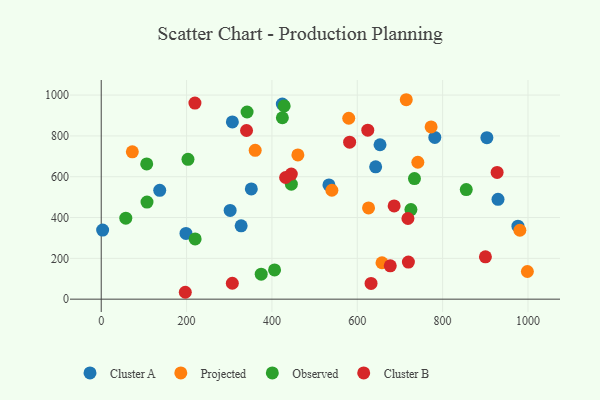
{"axis": {"x": "Speed", "y": "Sales"}, "legend": ["Cluster A", "Cluster B", "Observed", "Projected"], "data": [{"x": "653.3", "y": 756.7, "type": "Cluster A"}, {"x": "781.7", "y": 792.6, "type": "Cluster A"}, {"x": "424.4", "y": 955.9, "type": "Cluster A"}, {"x": "351.7", "y": 540.1, "type": "Cluster A"}, {"x": "302.1", "y": 434.7, "type": "Cluster A"}, {"x": "198.6", "y": 322.0, "type": "Cluster A"}, {"x": "976.5", "y": 357.8, "type": "Cluster A"}, {"x": "903.7", "y": 791.4, "type": "Cluster A"}, {"x": "137.1", "y": 533.6, "type": "Cluster A"}, {"x": "327.9", "y": 359.3, "type": "Cluster A"}, {"x": "307.3", "y": 868.3, "type": "Cluster A"}, {"x": "3.3", "y": 338.4, "type": "Cluster A"}, {"x": "533.6", "y": 559.9, "type": "Cluster A"}, {"x": "929.8", "y": 489.4, "type": "Cluster A"}, {"x": "643.1", "y": 648.7, "type": "Cluster A"}, {"x": "626.4", "y": 447.3, "type": "Projected"}, {"x": "540.5", "y": 533.8, "type": "Projected"}, {"x": "998.6", "y": 135.7, "type": "Projected"}, {"x": "460.8", "y": 707.0, "type": "Projected"}, {"x": "580.0", "y": 886.5, "type": "Projected"}, {"x": "72.9", "y": 722.1, "type": "Projected"}, {"x": "657.9", "y": 178.4, "type": "Projected"}, {"x": "360.8", "y": 729.6, "type": "Projected"}, {"x": "714.8", "y": 977.3, "type": "Projected"}, {"x": "981.0", "y": 337.7, "type": "Projected"}, {"x": "741.9", "y": 671.0, "type": "Projected"}, {"x": "773.0", "y": 844.0, "type": "Projected"}, {"x": "445.5", "y": 563.7, "type": "Observed"}, {"x": "57.6", "y": 397.0, "type": "Observed"}, {"x": "220.1", "y": 295.2, "type": "Observed"}, {"x": "855.4", "y": 536.9, "type": "Observed"}, {"x": "424.5", "y": 888.9, "type": "Observed"}, {"x": "428.7", "y": 946.7, "type": "Observed"}, {"x": "734.0", "y": 591.1, "type": "Observed"}, {"x": "341.8", "y": 917.2, "type": "Observed"}, {"x": "725.7", "y": 438.8, "type": "Observed"}, {"x": "107.3", "y": 476.0, "type": "Observed"}, {"x": "106.6", "y": 662.5, "type": "Observed"}, {"x": "406.2", "y": 143.1, "type": "Observed"}, {"x": "374.9", "y": 122.7, "type": "Observed"}, {"x": "203.3", "y": 685.3, "type": "Observed"}, {"x": "197.0", "y": 33.8, "type": "Cluster B"}, {"x": "719.8", "y": 181.8, "type": "Cluster B"}, {"x": "686.4", "y": 456.9, "type": "Cluster B"}, {"x": "624.6", "y": 827.9, "type": "Cluster B"}, {"x": "307.2", "y": 78.0, "type": "Cluster B"}, {"x": "445.4", "y": 612.9, "type": "Cluster B"}, {"x": "582.1", "y": 769.5, "type": "Cluster B"}, {"x": "632.3", "y": 77.0, "type": "Cluster B"}, {"x": "340.5", "y": 826.5, "type": "Cluster B"}, {"x": "927.7", "y": 621.3, "type": "Cluster B"}, {"x": "718.7", "y": 395.2, "type": "Cluster B"}, {"x": "432.1", "y": 596.1, "type": "Cluster B"}, {"x": "677.3", "y": 163.6, "type": "Cluster B"}, {"x": "219.6", "y": 960.8, "type": "Cluster B"}, {"x": "900.3", "y": 207.7, "type": "Cluster B"}]}